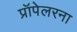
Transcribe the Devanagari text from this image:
प्रॉपेलरना